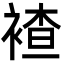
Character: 𮖕